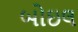
બોઇલ